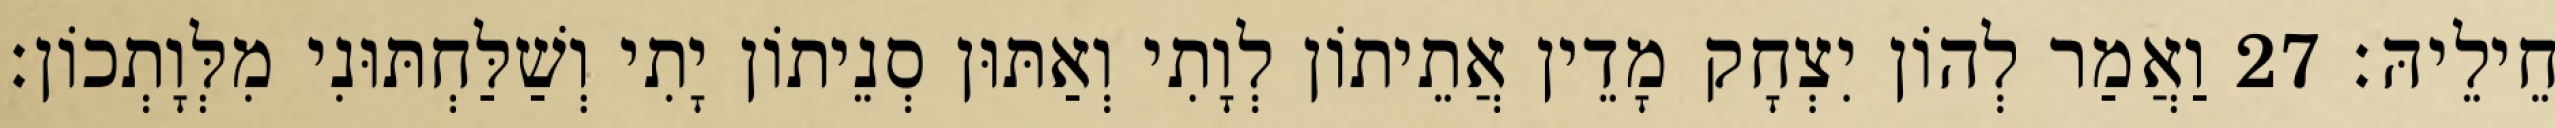
חֵילֵיהּ׃ 27 וַאֲמַר לְהוֹן יִצְחָק מָדֵין אֲתֵיתוֹן לְוָתִי וְאַתּוּן סְנֵיתוֹן יָתִי וְשַׁלַּחְתּוּנִי מִלְּוָתְכוֹן׃